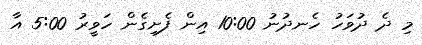
މި ދެ ދުވަހު ހެނދުނު 10:00 އިން ފެށިގެން ހަވީރު 5:00 އާ